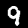
Label: 9